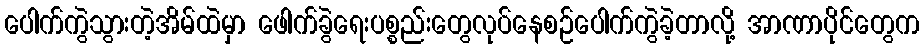
ပေါက်ကွဲသွားတဲ့အိမ်ထဲမှာ ဖေါက်ခွဲရေးပစ္စည်းတွေလုပ်နေစဉ်ပေါက်ကွဲခဲ့တာလို့ အာဏာပိုင်တွေက